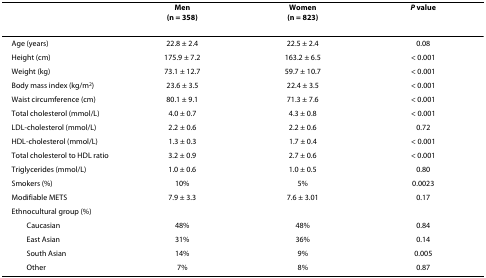
<table><thead><tr><td></td><td><b>Men(n = 358)</b></td><td><b>Women(n = 823)</b></td><td><b><i>P </i>value</b></td></tr></thead><tbody><tr><td>Age (years)</td><td>22.8 ± 2.4</td><td>22.5 ± 2.4</td><td>0.08</td></tr><tr><td>Height (cm)</td><td>175.9 ± 7.2</td><td>163.2 ± 6.5</td><td>&lt; 0.001</td></tr><tr><td>Weight (kg)</td><td>73.1 ± 12.7</td><td>59.7 ± 10.7</td><td>&lt; 0.001</td></tr><tr><td>Body mass index (kg/m<sup>2</sup>)</td><td>23.6 ± 3.5</td><td>22.4 ± 3.5</td><td>&lt; 0.001</td></tr><tr><td>Waist circumference (cm)</td><td>80.1 ± 9.1</td><td>71.3 ± 7.6</td><td>&lt; 0.001</td></tr><tr><td>Total cholesterol (mmol/L)</td><td>4.0 ± 0.7</td><td>4.3 ± 0.8</td><td>&lt; 0.001</td></tr><tr><td>LDL-cholesterol (mmol/L)</td><td>2.2 ± 0.6</td><td>2.2 ± 0.6</td><td>0.72</td></tr><tr><td>HDL-cholesterol (mmol/L)</td><td>1.3 ± 0.3</td><td>1.7 ± 0.4</td><td>&lt; 0.001</td></tr><tr><td>Total cholesterol to HDL ratio</td><td>3.2 ± 0.9</td><td>2.7 ± 0.6</td><td>&lt; 0.001</td></tr><tr><td>Triglycerides (mmol/L)</td><td>1.0 ± 0.6</td><td>1.0 ± 0.5</td><td>0.80</td></tr><tr><td>Smokers (%)</td><td>10%</td><td>5%</td><td>0.0023</td></tr><tr><td>Modifiable METS</td><td>7.9 ± 3.3</td><td>7.6 ± 3.01</td><td>0.17</td></tr><tr><td>Ethnocultural group (%)</td><td></td><td></td><td></td></tr><tr><td> Caucasian</td><td>48%</td><td>48%</td><td>0.84</td></tr><tr><td> East Asian</td><td>31%</td><td>36%</td><td>0.14</td></tr><tr><td> South Asian</td><td>14%</td><td>9%</td><td>0.005</td></tr><tr><td> Other</td><td>7%</td><td>8%</td><td>0.87</td></tr></tbody></table>